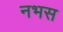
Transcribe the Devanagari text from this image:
नभस